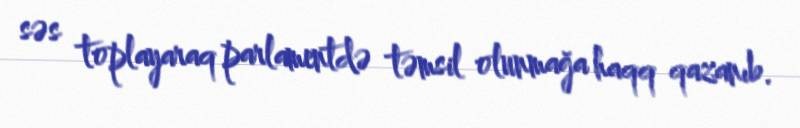
səs toplayaraq parlamentdə təmsil olunmağa haqq qazanıb.